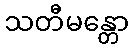
သတီမန္တော